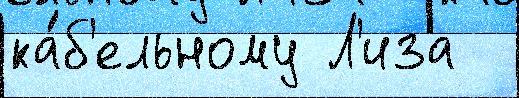
ка́б'ельному Л'иза